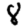
Digit: 8